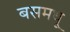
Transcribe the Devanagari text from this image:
बसमधू